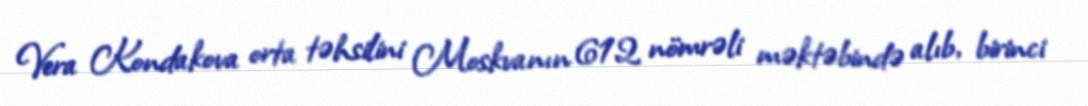
Vera Kondakova orta təhsilini Moskvanın 612 nömrəli məktəbində alıb, birinci